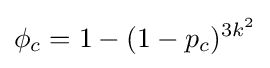
\phi _{c}=1-(1-p_{c})^{3k^{2}}